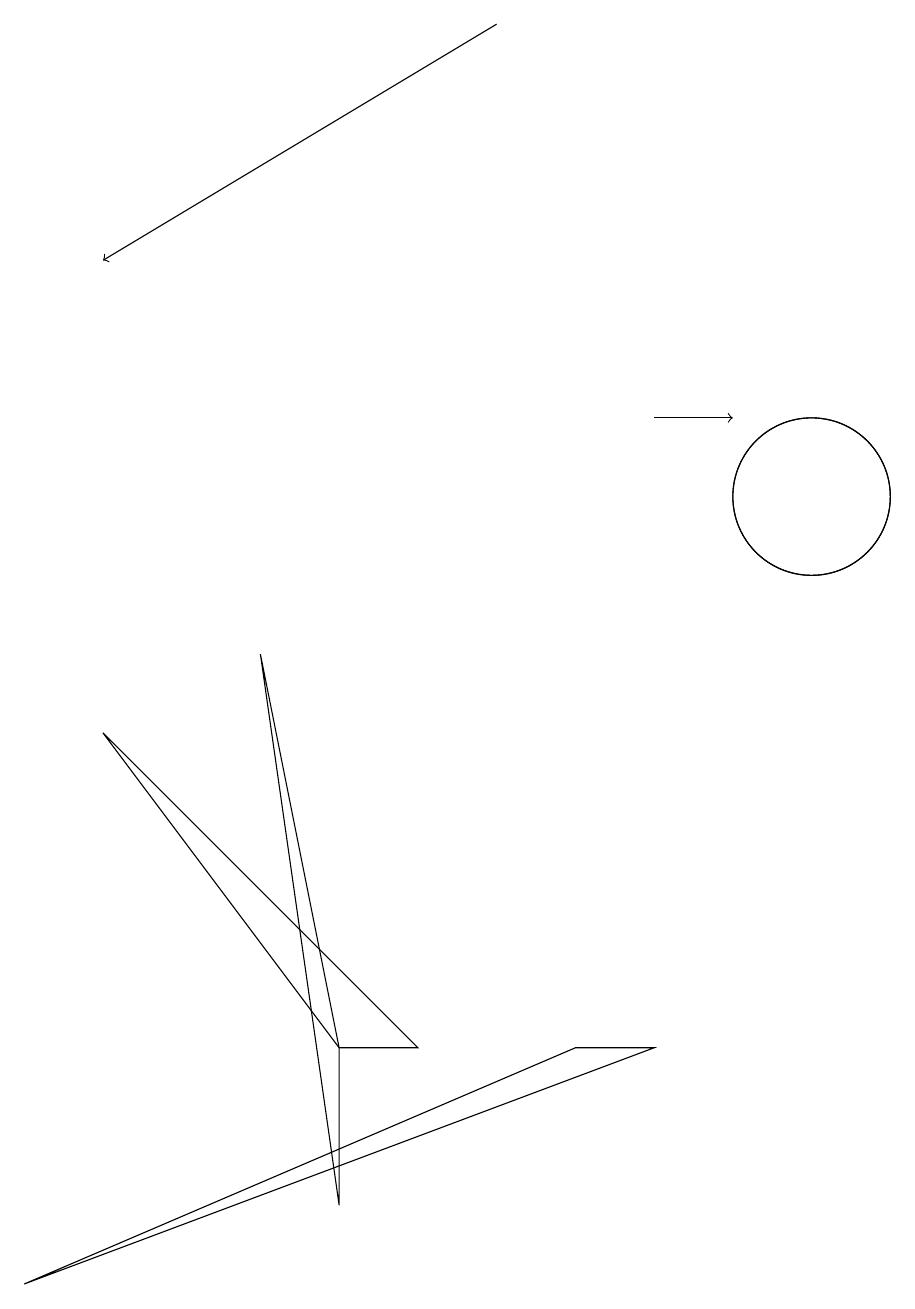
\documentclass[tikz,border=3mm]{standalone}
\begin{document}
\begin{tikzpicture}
\draw (10,11) circle (1);
\draw (8,4) -- (0,1) -- (7,4) -- cycle;
\draw[->] (8,12) -- (9,12);
\draw[->] (6,17) -- (1,14);
\draw (5,4) -- (1,8) -- (4,4) -- cycle;
\draw (4,2) -- (4,4) -- (3,9) -- cycle;
\draw (10,11) circle (1);
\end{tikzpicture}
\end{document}